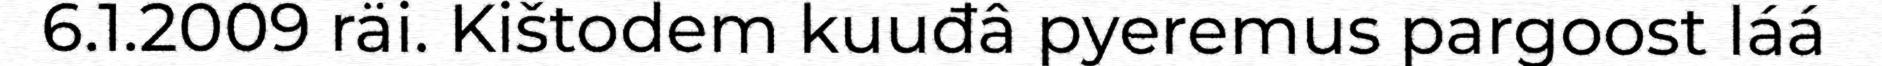
6.1.2009 räi. Kištodem kuuđâ pyeremus pargoost láá